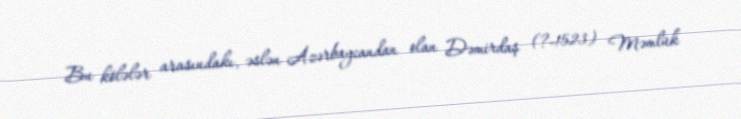
Bu kölələr arasındakı, əslən Azərbaycandan olan Dəmirdaş (?-1523) Məmlük